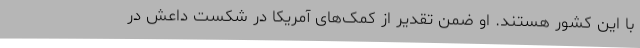
با این کشور هستند. او ضمن تقدیر از کمک‌های آمریکا در شکست داعش در